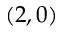
( 2 , 0 )